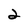
Character: 2